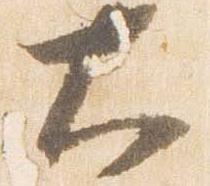
大